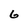
Character: 6